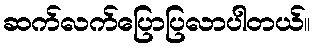
ဆက်လက်ပြောပြလာပါတယ်။